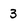
Character: 3